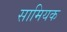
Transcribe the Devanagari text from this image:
सामियक